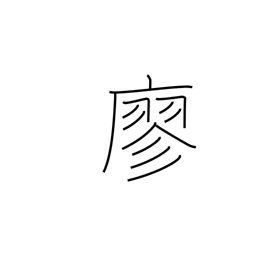
Meaning: empty